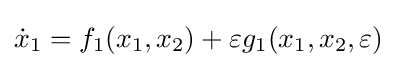
{\dot {x}}_{1}=f_{1}(x_{1},x_{2})+\varepsilon g_{1}(x_{1},x_{2},\varepsilon )